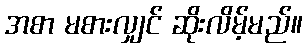
အစာ မစားလျှင် ဆိုးလိမ့်မည်။